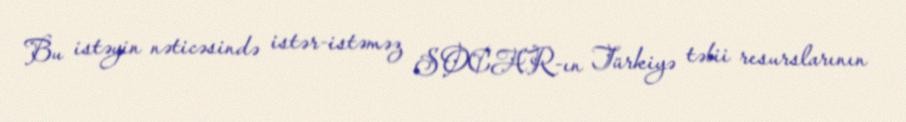
Bu istəyin nəticəsində istər-istəməz SOCAR-ın Türkiyə təbii resurslarının